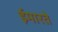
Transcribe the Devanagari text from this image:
ईमारते